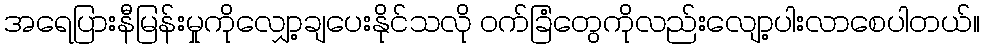
အရေပြားနီမြန်းမှုကိုလျှော့ချပေးနိုင်သလို ဝက်ခြံတွေကိုလည်းလျော့ပါးလာစေပါတယ်။